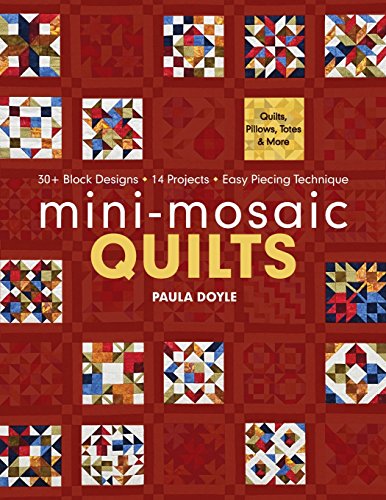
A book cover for Mini-Mosaic Quilts: 30+ Block Designs  14 Projects  Easy Piecing Technique; Paula Doyle; Crafts, Hobbies & Home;